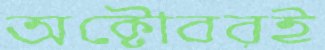
অক্টোবরই